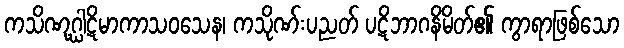
ကသိဏုဂ္ဃါဋိမာကာသဝသေန၊ ကသိုဏ်းပညတ် ပဋိဘာဂနိမိတ်၏ ကွာရာဖြစ်သော